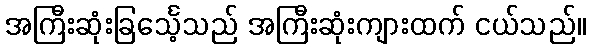
အကြီးဆုံးခြင်္သေ့သည် အကြီးဆုံးကျားထက် ငယ်သည်။